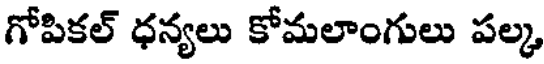
గోపికల్ ధన్యలు కోమలాంగులు పల్క